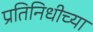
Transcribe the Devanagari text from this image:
प्रतिनिधीच्या